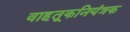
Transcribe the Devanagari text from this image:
वाहतूकनियंत्रक